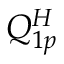
Q _ { 1 p } ^ { H }